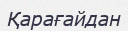
Қарағайдан